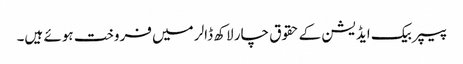
پیپر بیک ایڈیشن کے حقوق چار لاکھ ڈالر میں فروخت ہوئے ہیں۔